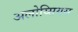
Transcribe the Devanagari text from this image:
अलोय्सियस